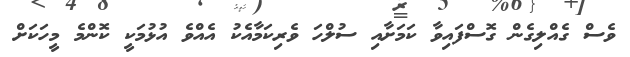
ވެސް ގެއްލިގެން ގޮސްފައިވާ ކަމަށާއި ސުލްހަ ވެރިކަމާއެކު އެއްވެ އުޅުމަކީ ކޮންމެ މީހަކަށް